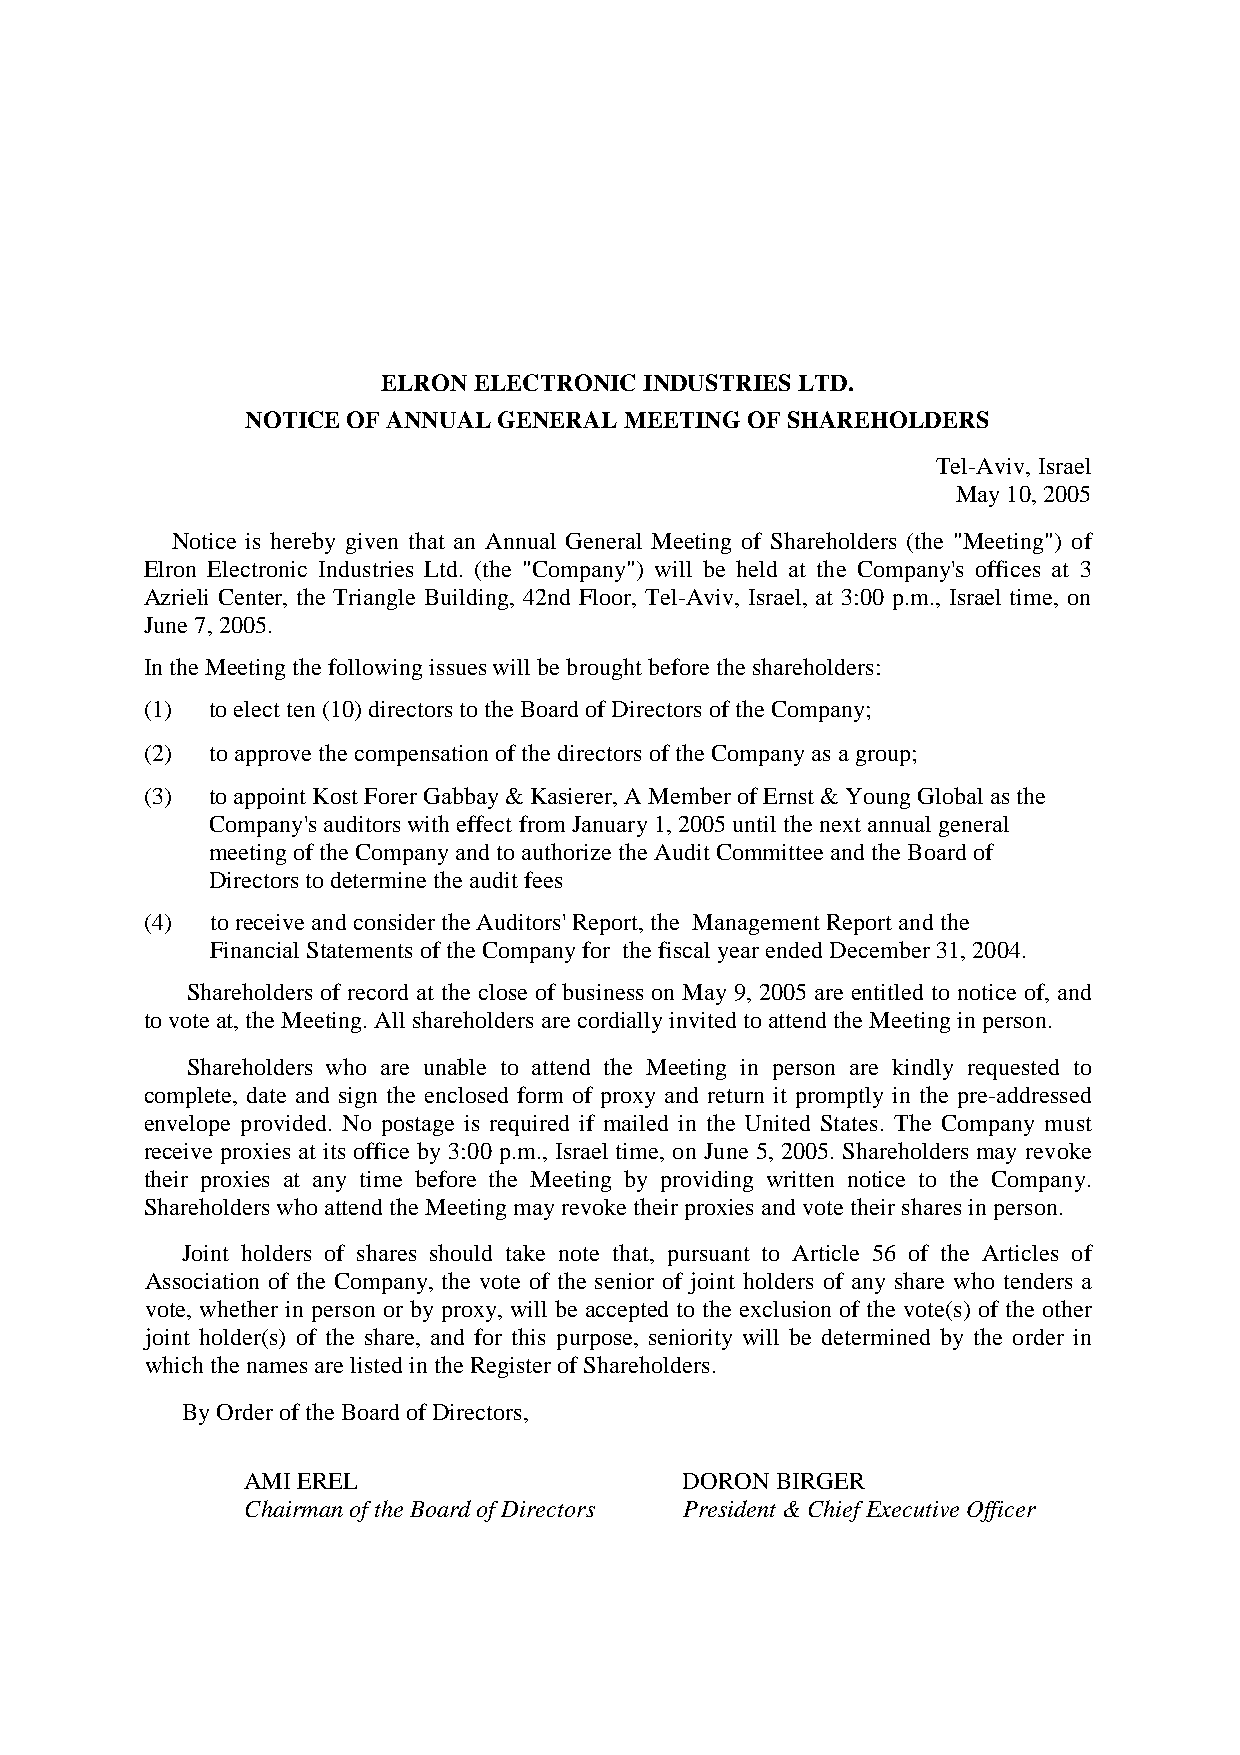
ELRON ELECTRONIC  INDUSTRIES LTD.
 NOTICE OF ANNUAL GENERAL MEETING OF SHAREHOLDERS
 Tel-Aviv, Israel
 May 10, 2005
 Notice is hereby given that an Annual General Meeting of Shareholders (the "Meeting") of
 Elron Electronic Industries Ltd. (the "Company") will be held at the Company's offices at 3
 Azrieli Center, the Triangle Building, 42nd Floor, Tel-Aviv, Israel, at 3:00 p.m., Israel time, on
 June 7, 2005.
 In the Meeting the following issues will be brought before the shareholders:
 (1) to elect ten (10) directors to the Board of Directors of the Company;
 (2) to approve the compensation of the directors of the Company as a group;
 (3) to appoint Kost Forer Gabbay & Kasierer, A Member of Ernst & Young Global as the
 Company's auditors with effect from January 1, 2005 until the next annual general
 meeting of the Company and to authorize the Audit Committee and the Board of
 Directors to determine the audit fees
 (4) to receive and consider the Auditors' Report, the Management Report and the
 Financial Statements of the Company for the fiscal year ended December 31, 2004.
 Shareholders of record at the close of business on May 9, 2005 are entitled to notice of, and
 to vote at, the Meeting. All shareholders are cordially invited to attend the Meeting in person.
 Shareholders who are unable to attend the Meeting in person are kindly requested to
 complete, date and sign the enclosed form of proxy and return it promptly in the pre-addressed
 envelope provided. No postage is required if mailed in the United States. The Company must
 receive proxies at its office by 3:00 p.m., Israel time, on June 5, 2005. Shareholders may revoke
 their proxies at any time before the Meeting by providing written notice to the Company.
 Shareholders who attend the Meeting may revoke their proxies and vote their shares in person.
 Joint holders of shares should take note that, pursuant to Article 56 of the Articles of
 Association of the Company, the vote of the senior of joint holders of any share who tenders a
 vote, whether in person or by proxy, will be accepted to the exclusion of the vote(s) of the other
 joint holder(s) of the share, and for this purpose, seniority will be determined by the order in
 which the names are listed in the Register of Shareholders.
 By Order of the Board of Directors,
 AMI EREL                     DORON BIRGER
 Chairman of the Board of Directors President & Chief Executive Officer